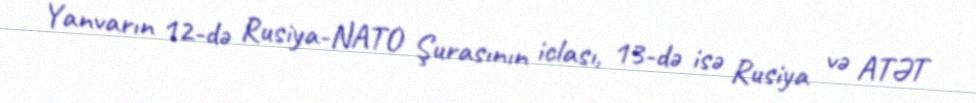
Yanvarın 12-də Rusiya-NATO Şurasının iclası, 13-də isə Rusiya və ATƏT